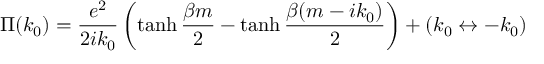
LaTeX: \Pi ( k _ { 0 } ) = { \frac { e ^ { 2 } } { 2 i k _ { 0 } } } \left( \operatorname { t a n h } { \frac { \beta m } { 2 } } - \operatorname { t a n h } { \frac { \beta ( m - i k _ { 0 } ) } { 2 } } \right) + ( k _ { 0 } \leftrightarrow - k _ { 0 } )